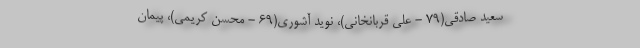
سعید صادقی(۷۹ - علی قربانخانی)، نوید آشوری(۶۹ - محسن کریمی)، پیمان